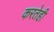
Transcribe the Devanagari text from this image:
करतेही